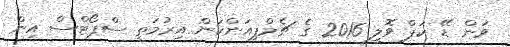
ވަން ޑޭ ކަޕް ވޮލީ 2016 ގެ ޗެމްޕިއަންކަން އިރުމަތީ ސްޕޯޓްސް އިން